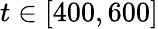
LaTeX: t\in[400,600]